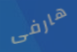
هارفى